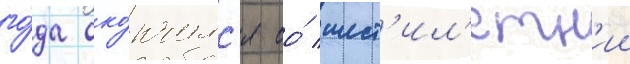
го́да око́нчилс'я ео́ шест'ил'етн'ии